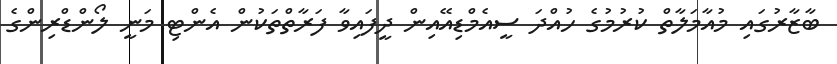
ބާޒާރުގައި މުއާމަލާތް ކުރުމުގެ ހުއްދަ ސީއެމްޑިއޭއިން ދީފައިވާ ފަރާތްތަކުން އެންޓި މަނީ ލޯންޑްރިންގެ